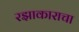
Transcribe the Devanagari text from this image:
रझाकाराचा